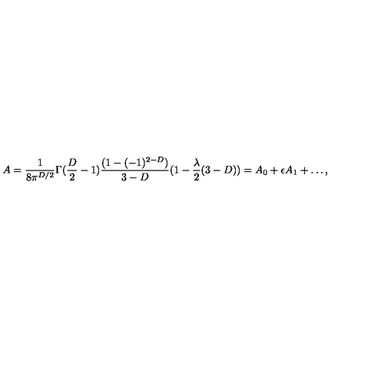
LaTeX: A = \frac { 1 } { 8 \pi ^ { D / 2 } } \Gamma ( \frac { D } { 2 } - 1 ) \frac { ( 1 - ( - 1 ) ^ { 2 - D } ) } { 3 - D } ( 1 - \frac { \lambda } { 2 } ( 3 - D ) ) = A _ { 0 } + \epsilon A _ { 1 } + \ldots ,